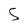
Character: S